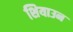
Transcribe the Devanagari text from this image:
शियाउन